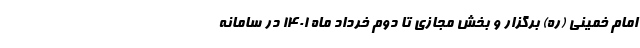
امام خمینی (ره) برگزار و بخش مجازی تا دوم خرداد ماه ۱۴۰۱ در سامانه